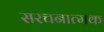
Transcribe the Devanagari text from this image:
सरचनात्मक